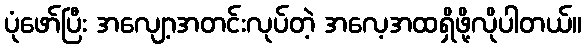
ပုံဖော်ပြီး အလျော့အတင်းလုပ်တဲ့ အလေ့အထရှိဖို့လိုပါတယ်။